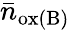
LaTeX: \bar{n}_{\mathrm{ox(B)}}